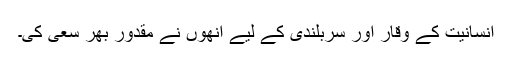
انسانیت کے وقار اور سربلندی کے لیے انھوں نے مقدور بھر سعی کی۔